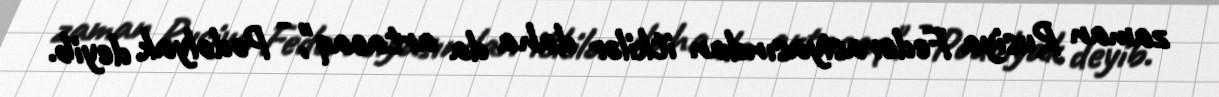
zaman Rusiya Federasiyasından itkilər daha da artacaq", - Podolyak deyib.